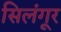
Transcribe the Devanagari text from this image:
सिलंगूर